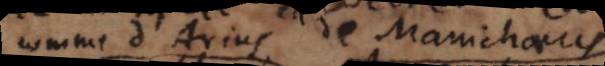
comme d’Arius, de Manichaeus